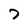
Character: 7